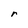
Character: r